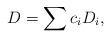
LaTeX: \begin{align*}D=\sum c_i D_i,\end{align*}